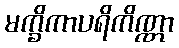
မက္ခိကာပရိကိဏ္ဏာ